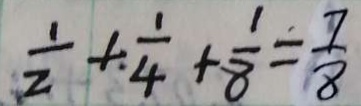
\frac { 1 } { 2 } + \frac { 1 } { 4 } + \frac { 1 } { 8 } = \frac { 7 } { 8 }